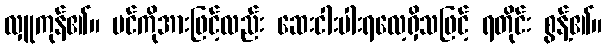
လှူကုန်၏။ ပင်ကိုအားဖြင့်လည်း ဆေးငါးပါးရလေ့ရှိသဖြင့် ရတိုင်း စွန့်၏။